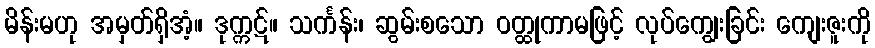
မိန်းမဟု အမှတ်ရှိအံ့။ ဒုက္ကဋ်။ သင်္ကန်း၊ ဆွမ်းစသော ဝတ္ထုကာမဖြင့် လုပ်ကျွေးခြင်း ကျေးဇူးကို